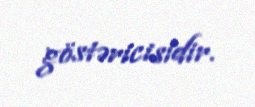
göstəricisidir.